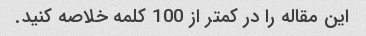
این مقاله را در کمتر از 100 کلمه خلاصه کنید.